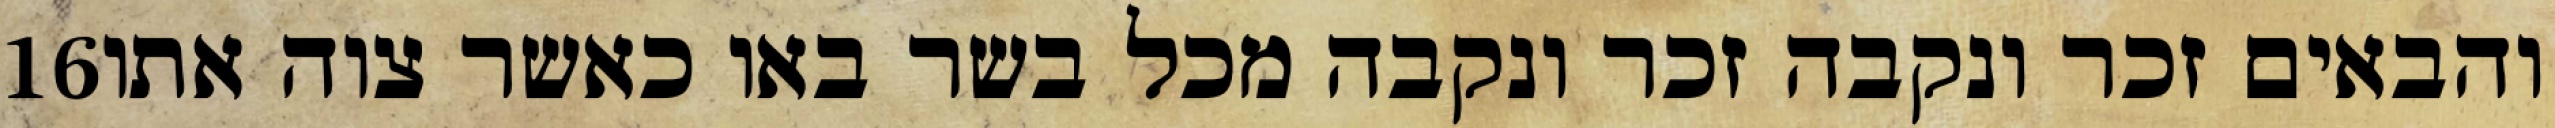
‎16‏ והבאים זכר ונקבה זכר ונקבה מכל בשר באו כאשר צוה אתו